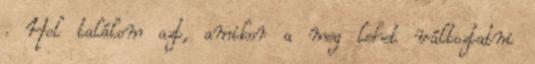
. Hol találom azt, amikor a meg lehet változtatni